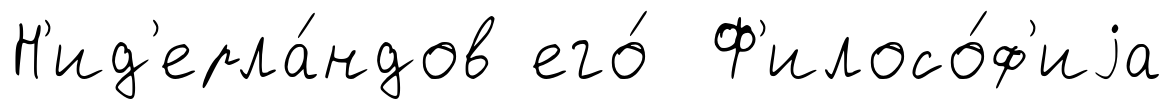
Н'ид'ерла́ндов его́ Ф'илосо́ф'иjа